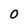
Character: O